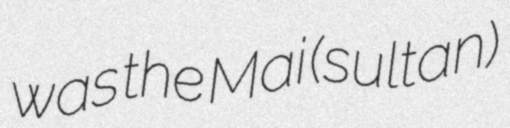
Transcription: was the Mai (sultan)